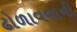
ઢોળાવવાની